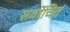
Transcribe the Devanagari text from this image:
सर्वोचित